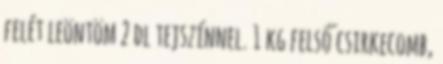
felét leöntöm 2 dl tejszínnel. 1 kg felső csirkecomb,